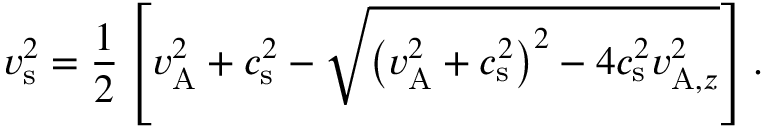
v _ { \mathrm { s } } ^ { 2 } = \frac { 1 } { 2 } \left[ v _ { \mathrm { A } } ^ { 2 } + c _ { \mathrm { s } } ^ { 2 } - \sqrt { \left( v _ { \mathrm { A } } ^ { 2 } + c _ { \mathrm { s } } ^ { 2 } \right) ^ { 2 } - 4 c _ { \mathrm { s } } ^ { 2 } v _ { \mathrm { A } , z } ^ { 2 } } \right] .